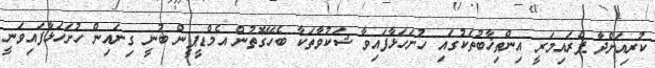
ކުރިއަށްދާ ޕްރައިމަރީ އިންތިޚާބުތަކުގައި ހުށަހަޅާފައިވާ ޝަކުވާތަކާ ބެހޭގޮތުން އެމްޑީޕީން ބުނީ ގިނައިން ހުށަހަޅާފައިވަނީ